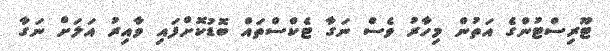
ޓޫރިސްޓުންގެ އަތުން މިހާރު ވެސް ނަގާ ޓެކްސްތައް ބޮޑުކޮށްފައި ވާއިރު އަލަށް ނަގާ